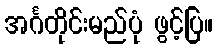
အင်္ဂတိုင်းမည်ပုံ ဖွင့်ပြ။